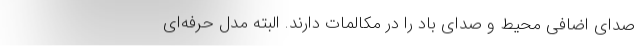
صدای اضافی محیط و صدای باد را در مکالمات دارند. البته مدل حرفه‌ای